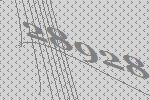
28928